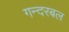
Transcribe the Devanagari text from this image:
गन्दरबल